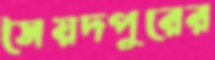
সৈয়দপুরের